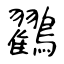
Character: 鸐